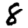
Digit: 8